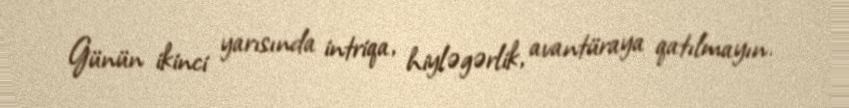
Günün ikinci yarısında intriqa, hiyləgərlik, avantüraya qatılmayın.